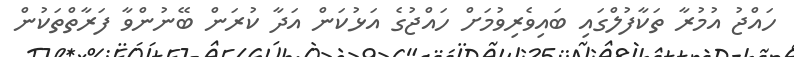
ހައްޖު އުމުރާ ތަކާފުލްގައި ބައިވެރިވުމަށް ހައްޖުގެ އަޅުކަން އަދާ ކުރަން ބޭނުންވާ ފަރާތްތަކުން